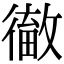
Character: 𢕹